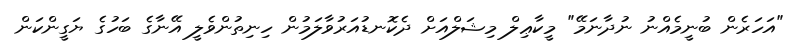
"އަހަރެން ބުނީމެއްނު ނުދާނަމޭ" މީކާޢިލް މިޝަލްއަށް ދެކޮނޑުއަރުވާލަމުން ހިނިތުންވެލީ އޭނާގެ ބަހުގެ ޔަގީންކަން